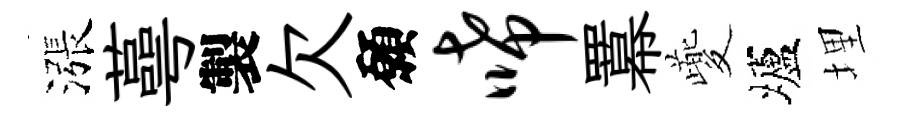
漲蕚製欠願唏羃夔壚埋